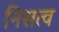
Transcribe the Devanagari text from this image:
निसत्व